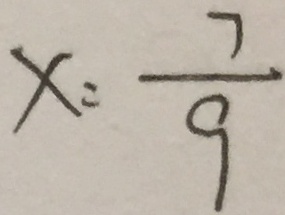
x = \frac { 7 } { 9 }